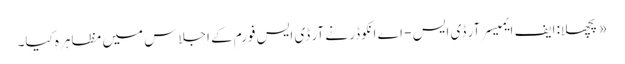
«پچھلا: ایف ایمیسر آر ڈی ایس - اے انکوڈر نے آر ڈی ایس فورم کے اجلاس میں مظاہرہ کیا۔